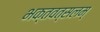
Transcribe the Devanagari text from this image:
भक्तवत्सलम्